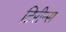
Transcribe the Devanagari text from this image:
टिरीन्स